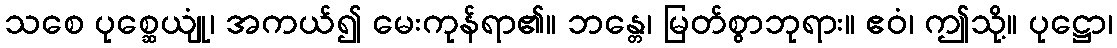
သစေ ပုစ္ဆေယျုံ၊ အကယ်၍ မေးကုန်ရာ၏။ ဘန္တေ၊ မြတ်စွာဘုရား။ ဧဝံ၊ ဤသို့။ ပုဋ္ဌော၊